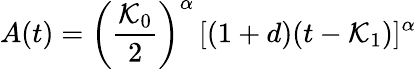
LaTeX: A(t)=\left(\frac{{\cal{K}}_{0}}{2}\right)^{\alpha}\, [(1+d)(t-{\cal{K}}_{1})]^{\alpha}